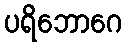
ပရိဘောဂေ